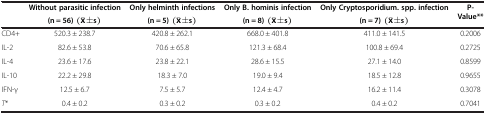
<table><thead><tr><td><b> </b></td><td><b>Without parasitic infection</b></td><td><b>Only helminth infections</b></td><td><b>Only B. hominis infection</b></td><td><b>Only Cryptosporidium. spp. infection</b></td><td><b>P-Value**</b></td></tr><tr><td><b> </b></td><td><b>(n = 56)</b></td><td><b>(n = 5)</b></td><td><b>(n = 8)</b></td><td><b>(n = 7)</b></td><td><b> </b></td></tr></thead><tbody><tr><td>CD4+</td><td>520.3 ± 238.7</td><td>420.8 ± 262.1</td><td>668.0 ± 401.8</td><td>411.0 ± 141.5</td><td>0.2006</td></tr><tr><td>IL-2</td><td>82.6 ± 53.8</td><td>70.6 ± 65.8</td><td>121.3 ± 68.4</td><td>100.8 ± 69.4</td><td>0.2725</td></tr><tr><td>IL-4</td><td>23.6 ± 17.6</td><td>23.8 ± 22.1</td><td>28.6 ± 15.5</td><td>27.1 ± 14.0</td><td>0.8599</td></tr><tr><td>IL-10</td><td>22.2 ± 29.8</td><td>18.3 ± 7.0</td><td>19.0 ± 9.4</td><td>18.5 ± 12.8</td><td>0.9655</td></tr><tr><td>IFN-γ</td><td>12.5 ± 6.7</td><td>7.5 ± 5.7</td><td>12.4 ± 4.7</td><td>16.2 ± 11.4</td><td>0.3078</td></tr><tr><td><i>T</i>*</td><td>0.4 ± 0.2</td><td>0.3 ± 0.2</td><td>0.3 ± 0.2</td><td>0.4 ± 0.2</td><td>0.7041</td></tr></tbody></table>